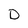
Character: D